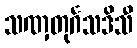
သဏှတုင်္ဂသဒိသီ